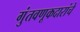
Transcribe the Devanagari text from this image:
गुंतवणूकदारांचे